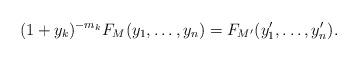
LaTeX: \begin{align*} (1 + y_k)^{-m_k} F_M(y_1,\dots, y_n) = F_{M'}(y_1', \dots, y_n').\end{align*}